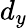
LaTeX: d_{y}